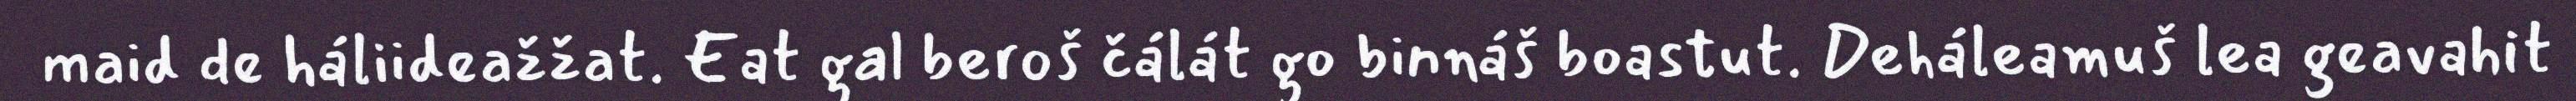
maid de háliideažžat. Eat gal beroš čálát go binnáš boastut. Deháleamuš lea geavahit